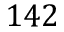
1 4 2